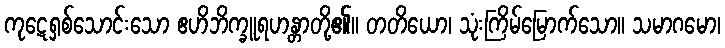
ကုဋေရှစ်သောင်းသော ဧဟိဘိက္ခူရဟန္တာတို့၏။ တတိယော၊ သုံးကြိမ်မြောက်သော။ သမာဂမော၊